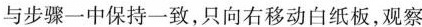
与步骤一中保持一致，只向右移动白纸板，观察